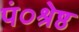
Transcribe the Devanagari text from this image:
पं०श्रेष्ठ